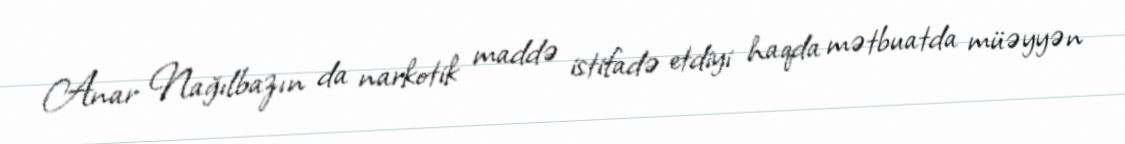
Anar Nağılbazın da narkotik maddə istifadə etdiyi haqda mətbuatda müəyyən